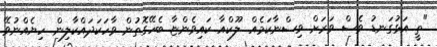
"ތީ އަޅުގަނޑު ވެސް ވަރަށް ވިސްނާކަމެއް. ލޫކްއާ ކައިވެންޏާ ބެހޭގޮތުން ވާހަކަދައްކާލިން. ހިޔެއްނުވޭ